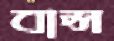
বাপ্স